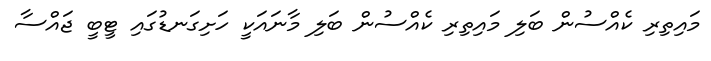
މައިތިރި ކެއްސުން ބަލި މައިތިރި ކެއްސުން ބަލި މާނައަކީ ހަށިގަނޑުގައި ޓީބީ ޖައްސާ